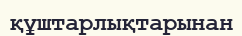
құштарлықтарынан